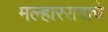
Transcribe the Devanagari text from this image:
मल्हाररावाचे